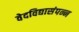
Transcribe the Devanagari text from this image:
वेदविद्यासंपन्न